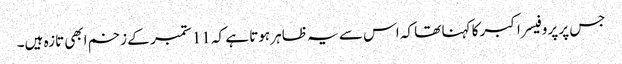
جس پر پروفیسر اکبر کا کہنا تھا کہ اس سے یہ ظاہر ہوتا ہے کہ 11 ستمبر کے زخم ابھی تازہ ہیں۔